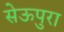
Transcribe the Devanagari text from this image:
सेऊपुरा